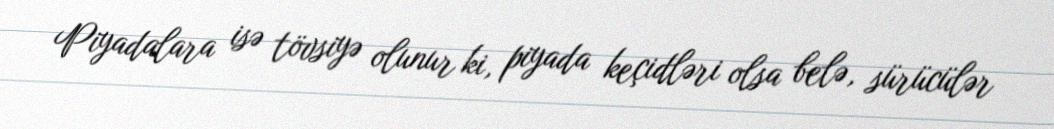
Piyadalara isə tövsiyə olunur ki, piyada keçidləri olsa belə, sürücülər